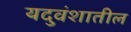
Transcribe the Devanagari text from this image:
यदुवंशातील